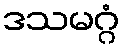
ဒသမဂ္ဂံ